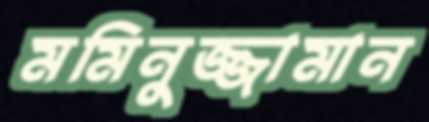
মমিনুজ্জামান